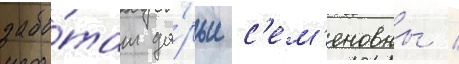
забо́там да́рьи с'ем'еновны /